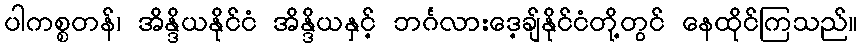
ပါကစ္စတန်၊ အိန္ဒိယနိုင်ငံ အိန္ဒိယနှင့် ဘင်္ဂလားဒေ့ချ်နိုင်ငံတို့တွင် နေထိုင်ကြသည်။